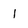
Character: l